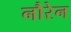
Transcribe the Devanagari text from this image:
नौरेन